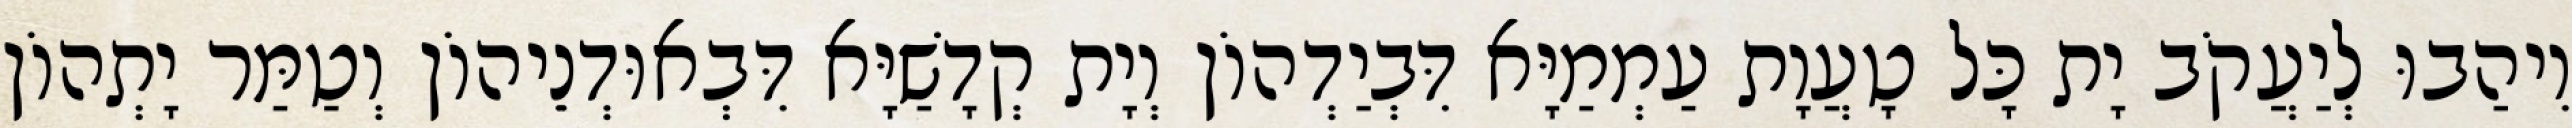
וִיהַבוּ לְיַעֲקֹב יָת כָּל טָעֲוָת עַמְמַיָּא דִּבְיַדְהוֹן וְיָת קְדָשַׁיָּא דִּבְאוּדְנֵיהוֹן וְטַמַּר יָתְהוֹן